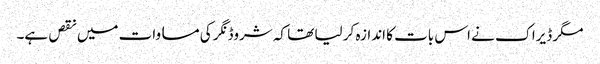
مگر ڈیراک نے اس بات کا اندازہ کر لیا تھا کہ شروڈنگر کی مساوات میں نقص ہے۔